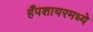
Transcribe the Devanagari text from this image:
हँपशायरमध्ये